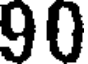
90